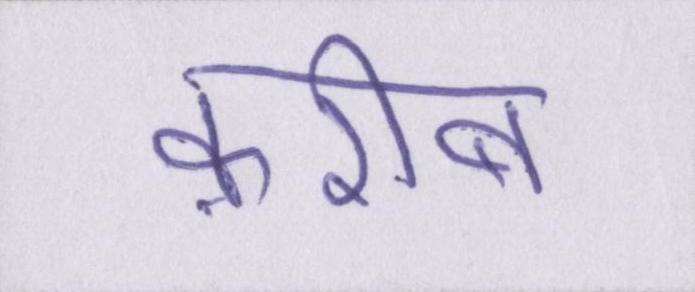
क़रीब